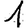
Digit: 1